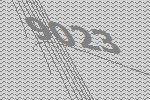
9023